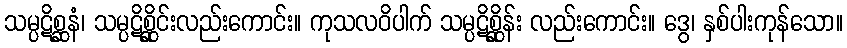
သမ္ပဋိစ္ဆနံ၊ သမ္ပဋိစ္ဆိုင်းလည်းကောင်း။ ကုသလဝိပါက် သမ္ပဋိစ္ဆိုန်း လည်းကောင်း။ ဒွေ၊ နှစ်ပါးကုန်သော။